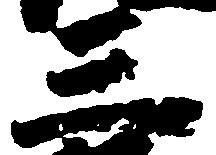
三